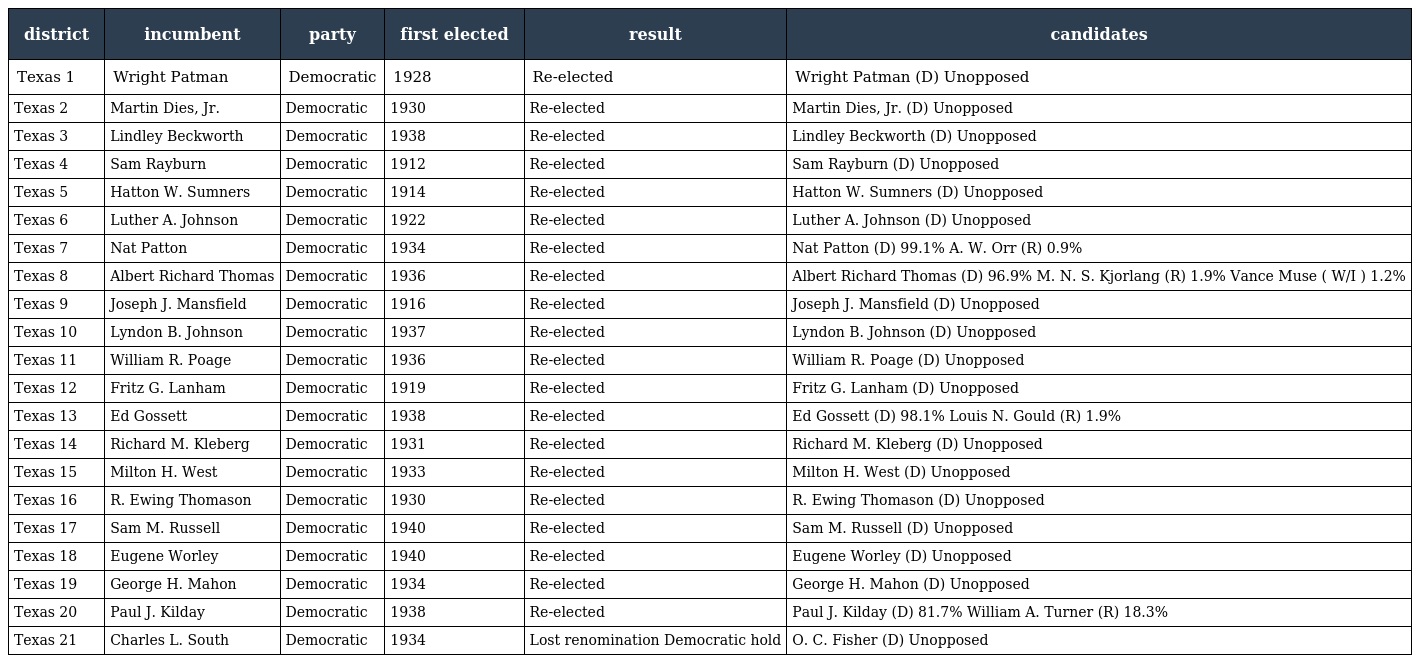
| district | incumbent | party | first elected | result | candidates |
 | --- | --- | --- | --- | --- | --- |
 | Texas 1 | Wright Patman | Democratic | 1928 | Re-elected | Wright Patman (D) Unopposed |
 | Texas 2 | Martin Dies, Jr. | Democratic | 1930 | Re-elected | Martin Dies, Jr. (D) Unopposed |
 | Texas 3 | Lindley Beckworth | Democratic | 1938 | Re-elected | Lindley Beckworth (D) Unopposed |
 | Texas 4 | Sam Rayburn | Democratic | 1912 | Re-elected | Sam Rayburn (D) Unopposed |
 | Texas 5 | Hatton W. Sumners | Democratic | 1914 | Re-elected | Hatton W. Sumners (D) Unopposed |
 | Texas 6 | Luther A. Johnson | Democratic | 1922 | Re-elected | Luther A. Johnson (D) Unopposed |
 | Texas 7 | Nat Patton | Democratic | 1934 | Re-elected | Nat Patton (D) 99.1% A. W. Orr (R) 0.9% |
 | Texas 8 | Albert Richard Thomas | Democratic | 1936 | Re-elected | Albert Richard Thomas (D) 96.9% M. N. S. Kjorlang (R) 1.9% Vance Muse ( W/I ) 1.2% |
 | Texas 9 | Joseph J. Mansfield | Democratic | 1916 | Re-elected | Joseph J. Mansfield (D) Unopposed |
 | Texas 10 | Lyndon B. Johnson | Democratic | 1937 | Re-elected | Lyndon B. Johnson (D) Unopposed |
 | Texas 11 | William R. Poage | Democratic | 1936 | Re-elected | William R. Poage (D) Unopposed |
 | Texas 12 | Fritz G. Lanham | Democratic | 1919 | Re-elected | Fritz G. Lanham (D) Unopposed |
 | Texas 13 | Ed Gossett | Democratic | 1938 | Re-elected | Ed Gossett (D) 98.1% Louis N. Gould (R) 1.9% |
 | Texas 14 | Richard M. Kleberg | Democratic | 1931 | Re-elected | Richard M. Kleberg (D) Unopposed |
 | Texas 15 | Milton H. West | Democratic | 1933 | Re-elected | Milton H. West (D) Unopposed |
 | Texas 16 | R. Ewing Thomason | Democratic | 1930 | Re-elected | R. Ewing Thomason (D) Unopposed |
 | Texas 17 | Sam M. Russell | Democratic | 1940 | Re-elected | Sam M. Russell (D) Unopposed |
 | Texas 18 | Eugene Worley | Democratic | 1940 | Re-elected | Eugene Worley (D) Unopposed |
 | Texas 19 | George H. Mahon | Democratic | 1934 | Re-elected | George H. Mahon (D) Unopposed |
 | Texas 20 | Paul J. Kilday | Democratic | 1938 | Re-elected | Paul J. Kilday (D) 81.7% William A. Turner (R) 18.3% |
 | Texas 21 | Charles L. South | Democratic | 1934 | Lost renomination Democratic hold | O. C. Fisher (D) Unopposed |